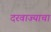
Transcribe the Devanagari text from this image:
दरवाज्याचा